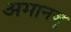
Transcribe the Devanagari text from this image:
अमानजू